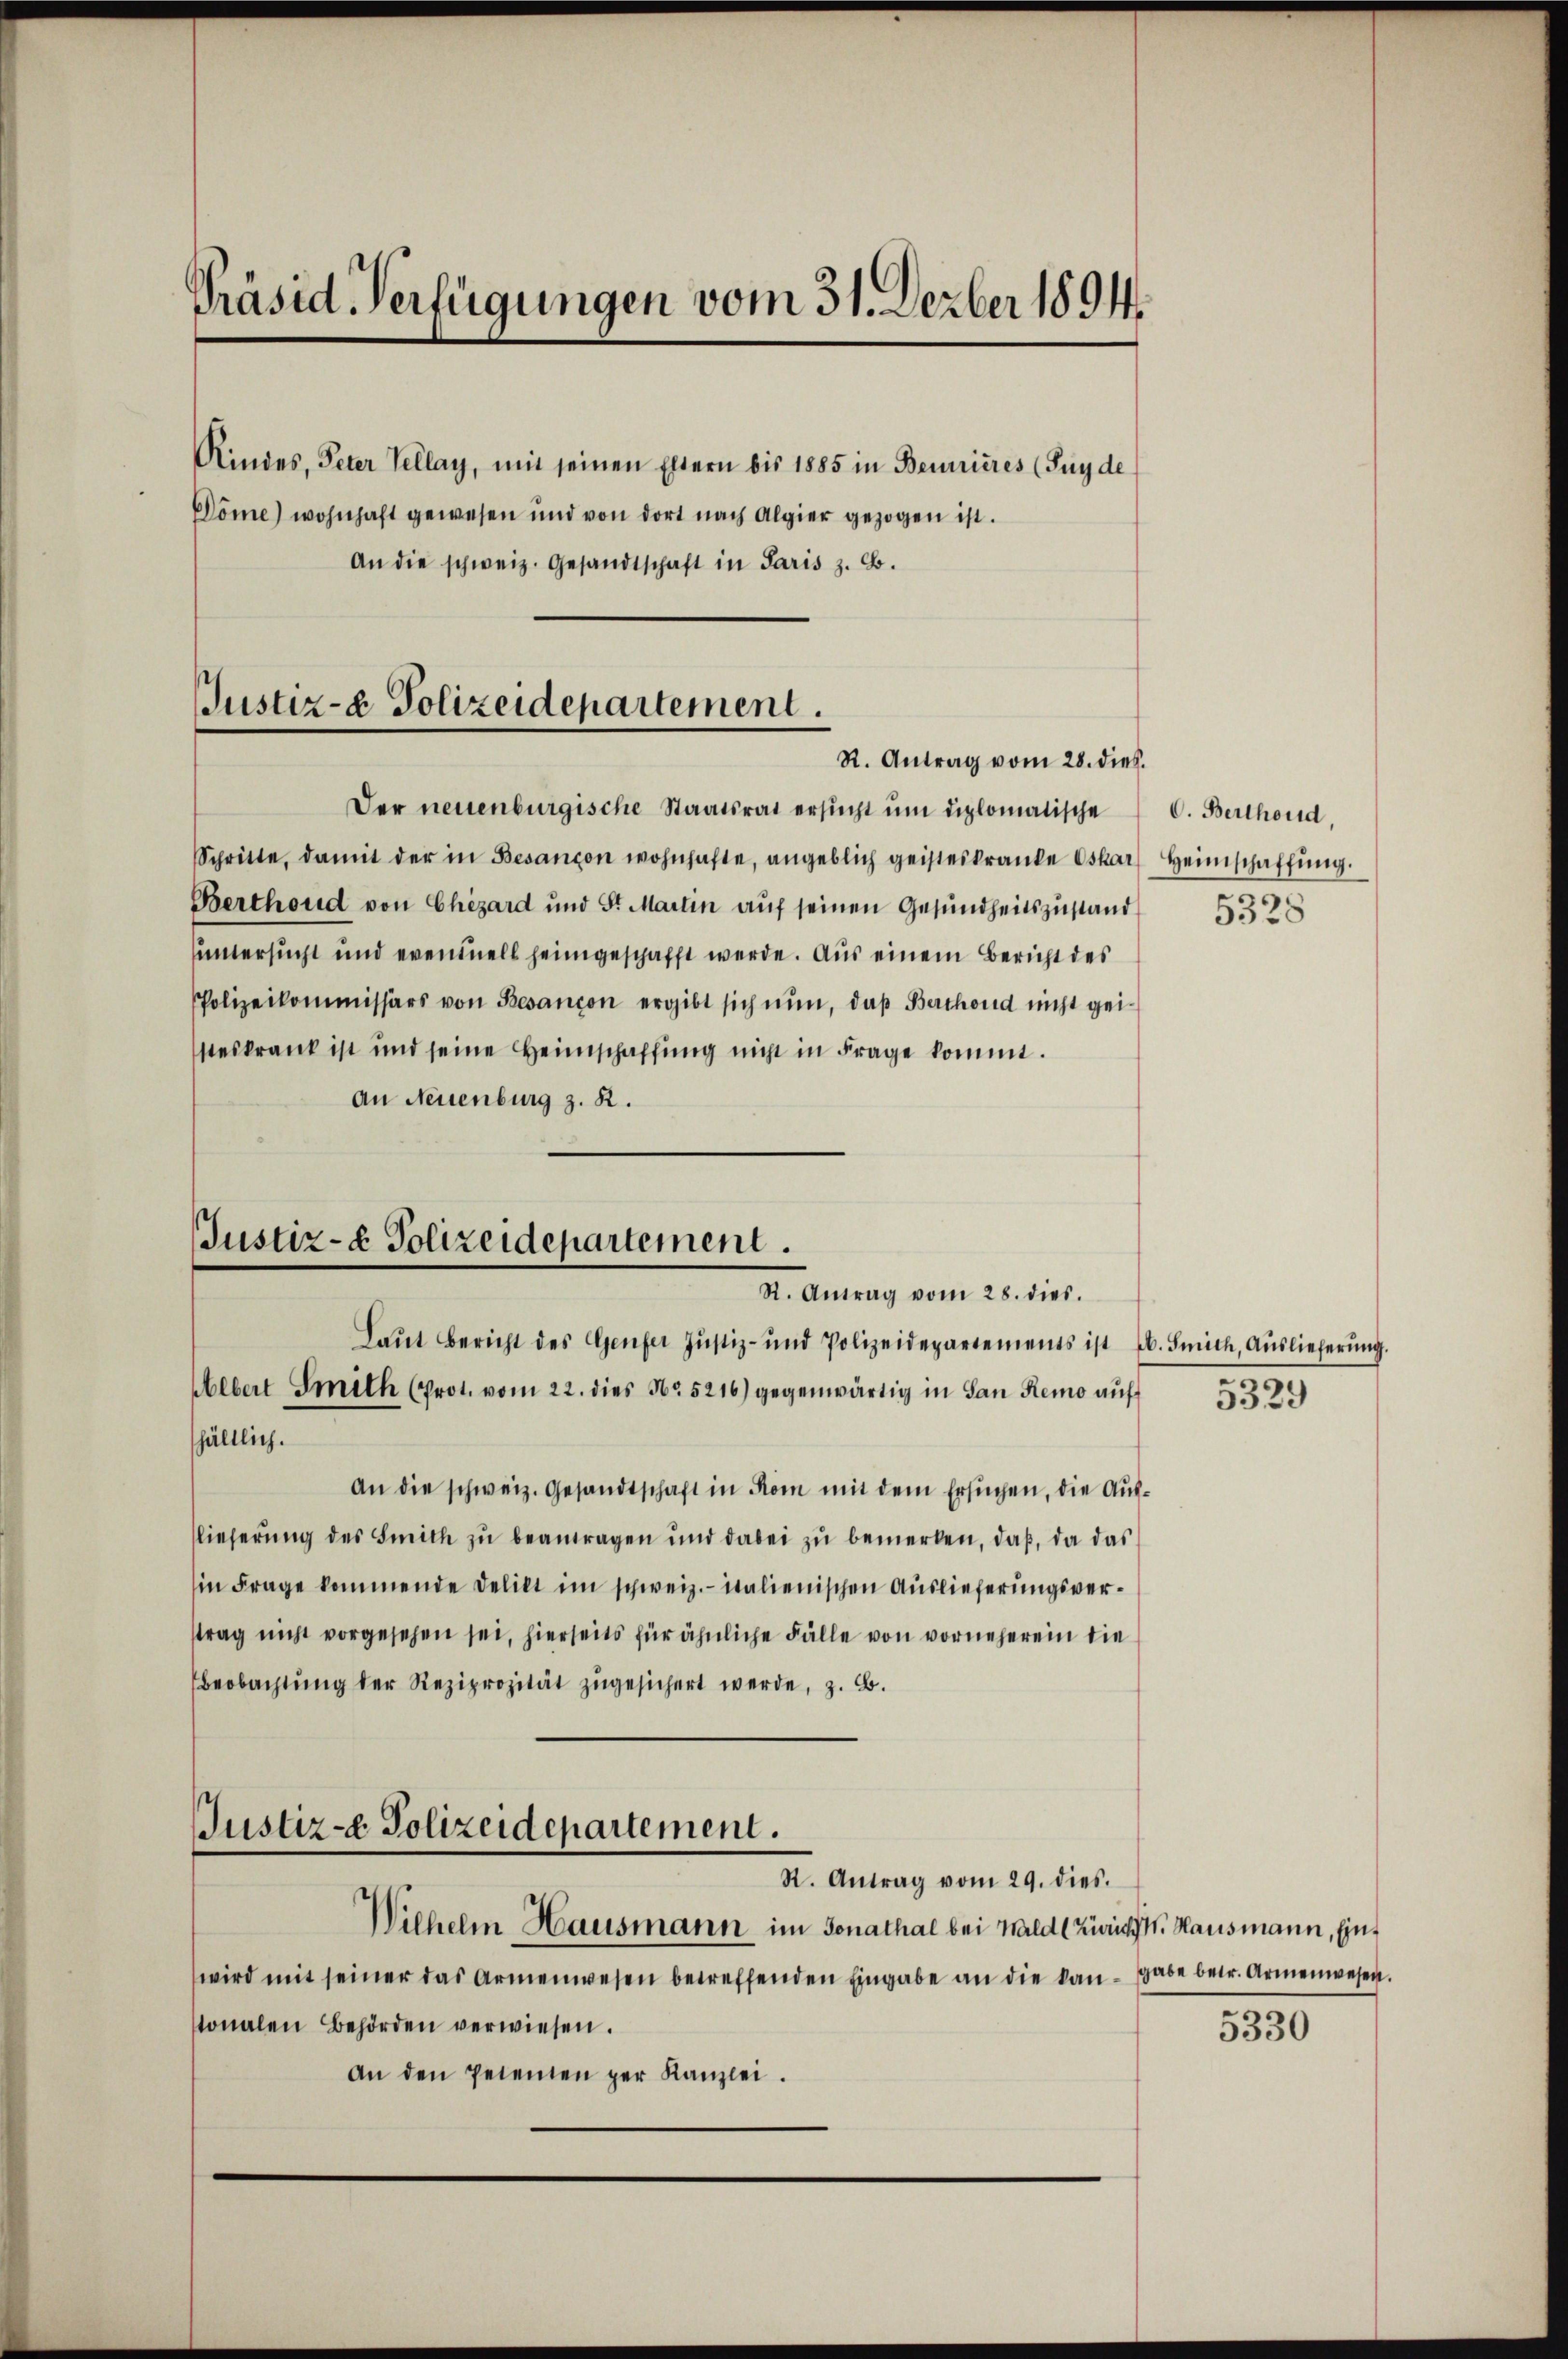
Präsid Verfügungen vom 31. Dezber 1894.

Rindes, Peter Tellay, mit seinen Eltern bis 1885 in Bennieres (Suy de
Döme) wohnhaft gewesen und von dort nach Algier gezogen ist.
An die schweiz. Gesandtschaft in Paris z. B.

Der neuenburgische Staatsrat ersucht um diplomatische
Schritte, damit der in Besançon wohnhafte, angeblich geisteskranke Oskar
Berthoud von Chizard und St. Martin auf seinen Gesundheitszustand
untersucht und eventuell heimgeschafft werde. Aus einem Bericht des
PPolizeikommissärs von Besançon ergibt sich nun, daß Berthoud nicht geisteskrank ist und seine Heimschaffung nicht in Frage kommt.
An Neuenburg z. R.

Justiz- & Polizeidepartement.
R. Antrag vom 28. dieß.

Justiz- & Polizeidepartement.
R. Antrag vom 28. dies.
Laŭt Bericht des Genfer Justiz- und Polizeidepartements ist (s. Smich, Aŭslieferŭng.
Uebert Smith (Prot. vom 22. dies No. 5216) gegenwärtig in San Remo auf

hältlich.
An die schweiz. Gesandtschaft in Rom mit dem Ersuchen, die Auflieferung des Smith zu beantragen und dabei zu bemerken, daß, da das
in Frage kommende Delikt im schweiz.- italienischen Auslieferungsvertrag nicht vorgesehen sei, hierseits für ähnliche Fälle von vorneherein die
beobachtŭng der Reziprozität zugesichert werde, z. B.

Justiz- Polizeidepartement.
R. Antrag vom 29. dies.

Wilhelm Hausmann im Sonathal bei Wald (Zürich. Hausmann, Einwird mit seiner das Armenwesen betreffenden Eingabe an die kan-gabe betr. Armenwesen.
stonalen Behörden verwiesen.
An den Petenten per Kanzlei.

C. Berthond,
Heimschaffung.
.
3328

5329

5330

.